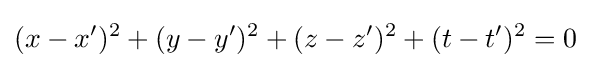
(x-x')^{2}+(y-y')^{2}+(z-z')^{2}+(t-t')^{2}=0